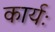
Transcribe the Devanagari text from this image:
कार्यः